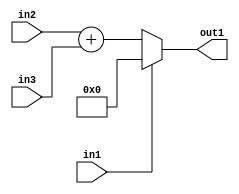
`timescale 1ps / 1ps
/*****************************************************************************
    Verilog RTL Description
    
    
    Created by: Stratus DpOpt 21.05.01 
*******************************************************************************/

module dut_entirecomputation_alt7_4 (
	in1,
	in2,
	in3,
	out1
	); /* architecture "behavioural" */ 
input  in1,
	in2;
input [5:0] in3;
output [6:0] out1;
wire [6:0] asc001,
	asc002;

assign asc002 = 
	+(in2)
	+(in3);

reg [6:0] asc001_tmp_0;
assign asc001 = asc001_tmp_0;
always @ (in1 or asc002) begin
	case (in1)
		1'B1 : asc001_tmp_0 = 7'B0000000 ;
		default : asc001_tmp_0 = asc002 ;
	endcase
end

assign out1 = asc001;
endmodule

/* CADENCE  v7DyTwA= : u9/ySxbfrwZIxEzHVQQV8Q== ** DO NOT EDIT THIS LINE ******/